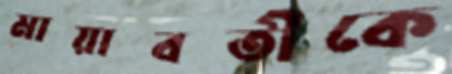
মায়াবতীকে